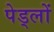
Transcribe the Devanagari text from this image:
पेड्लों